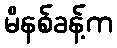
မိနစ်ခန့်က